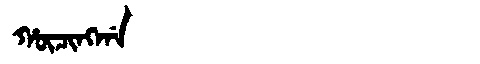
Manchu: ᡥᡡᠴᡳᠩᡤᠠ
Romanization: HŪCINGGA